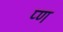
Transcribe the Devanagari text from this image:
प्ण